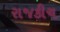
રાજકીચ